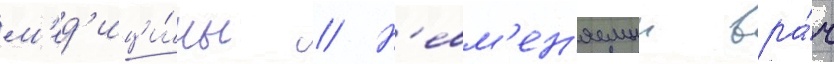
м'ед'ици́ны // Н'евм'ен'яемыи вра́ч